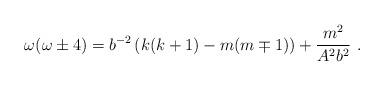
LaTeX: \begin{align*}\omega(\omega \pm 4)=b^{-2} \left(k(k+1)- m(m\mp 1) \right)+\frac{m^2}{A^2b^2} \ .\end{align*}